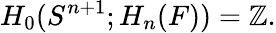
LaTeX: H_{0}(S^{n+1};H_{n}(F))=\mathbb{Z}.